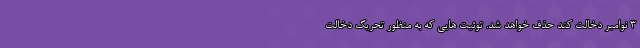
۳ نوامبر دخالت کند حذف خواهد شد. توئیت هایی که به منظور تحریک دخالت